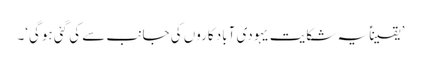
’یقیناًً یہ شکایت یہودی آباد کاروں کی جانب سے کی گئی ہوگی‘۔